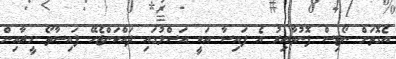
އެގޮތަށް ނޯޓިސް ފޮނުވާއިރު އެ ފައިސާ އަކީ އަސްލުގައި ދައްކަންޖެހޭ ފައިސާތޯ މީރާއިން